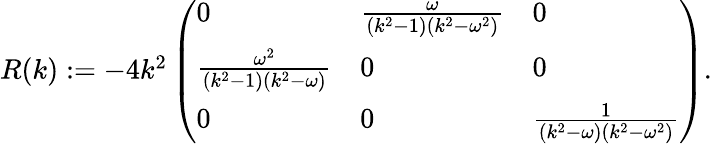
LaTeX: \begin{array}{r}{R(k):=-4k^{2}\left(\begin{array}{lll}{0}&{\frac{\omega}{(k^{2}-1)(k^{2}-\omega^{2})}}&{0}\\ {\frac{\omega^{2}}{(k^{2}-1)(k^{2}-\omega)}}&{0}&{0}\\ {0}&{0}&{\frac{1}{(k^{2}-\omega)(k^{2}-\omega^{2})}}\end{array}\right).}\end{array}